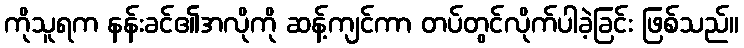
ကိုသူရက နန်းခင်၏အလိုကို ဆန့်ကျင်ကာ တပ်တွင်လိုက်ပါခဲ့ခြင်း ဖြစ်သည်။